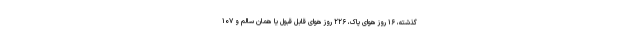
گذشته، ۱۶ روز هوای پاک، ۲۲۶ روز هوای قابل قبول یا همان سالم و ۱۰۷